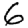
Digit: 6